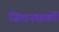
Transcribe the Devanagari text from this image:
जियानकार्लो